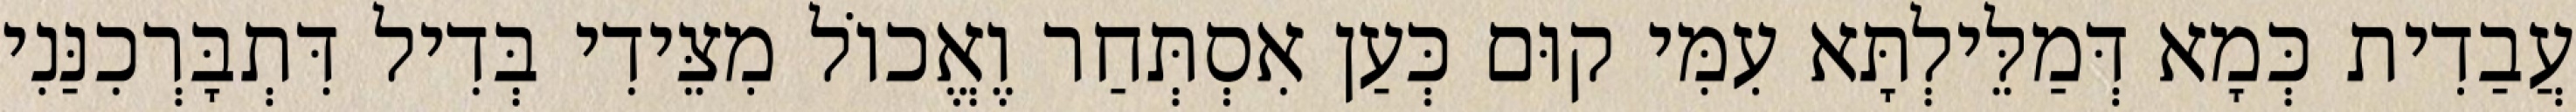
עֲבַדִית כְּמָא דְּמַלֵּילְתָּא עִמִּי קוּם כְּעַן אִסְתְּחַר וֶאֱכוֹל מִצֵּידִי בְּדִיל דִּתְבָּרְכִנַּנִי